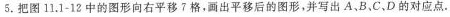
5.把图11.1-12中的图形向右平移7格，画出平移后的图形，并写出A、B、C，D的对应点。